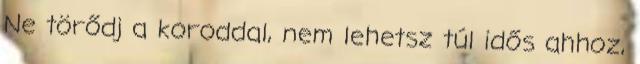
Ne törődj a koroddal, nem lehetsz túl idős ahhoz,